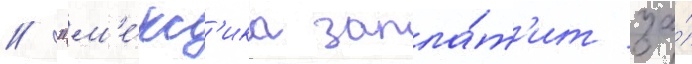
// "м'е́кс'ика запла́т'ит за́